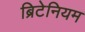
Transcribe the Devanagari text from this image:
ब्रिटेनियम